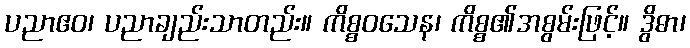
ပညာဧဝ၊ ပညာချည်းသာတည်း။ ကိစ္စဝသေန၊ ကိစ္စ၏အစွမ်းဖြင့်။ ဒွိဓာ၊